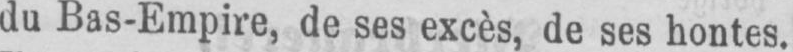
du Bas-Empire, de ses excès, de ses hontes.